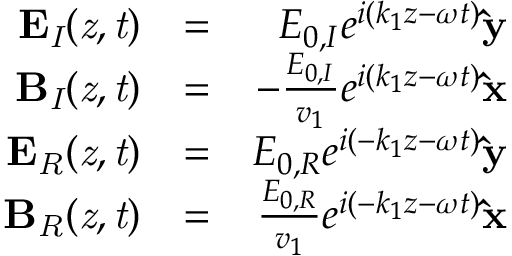
\begin{array} { r l r } { \bf { E } _ { \it { I } } ( \it { z } , \it { t } ) } & { = } & { E _ { 0 , I } e ^ { i ( k _ { 1 } z - \omega t ) } \bf { \hat { y } } } \\ { \bf { B } _ { \it { I } } ( \it { z } , \it { t } ) } & { = } & { - \frac { E _ { 0 , I } } { v _ { 1 } } e ^ { i ( k _ { 1 } z - \omega t ) } \bf { \hat { x } } } \\ { \bf { E } _ { \it { R } } ( \it { z } , \it { t } ) } & { = } & { E _ { 0 , R } e ^ { i ( - k _ { 1 } z - \omega t ) } \bf { \hat { y } } } \\ { \bf { B } _ { \it { R } } ( \it { z } , \it { t } ) } & { = } & { \frac { E _ { 0 , R } } { v _ { 1 } } e ^ { i ( - k _ { 1 } z - \omega t ) } \bf { \hat { x } } } \end{array}